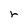
Character: r